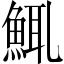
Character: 鮿